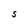
Character: S